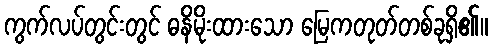
ကွက်လပ်တွင်းတွင် ဓနိမိုးထားသော မြေကတုတ်တစ်ခုရှိ၏။